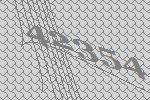
42354